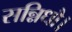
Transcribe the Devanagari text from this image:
सन्निधौ।